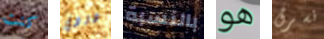
كنت دودي بالنسبة هو نسرق